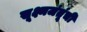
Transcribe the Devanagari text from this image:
सूक्ष्मजंतूंची